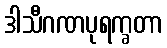
ဒါသီဂဏပုရက္ခတာ